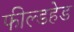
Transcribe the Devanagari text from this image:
फील्डहेड